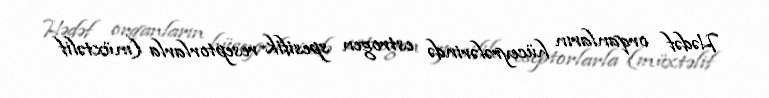
Hədəf orqanların hüceyrələrində estrogen spesifik reseptorlarla (müxtəlif